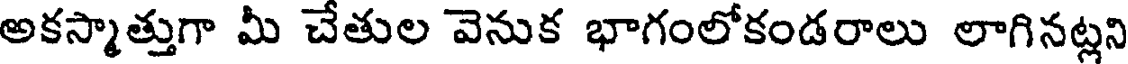
అకస్మాత్తుగా మీ చేతుల వెనుక భాగంలోకండరాలు లాగినట్లని